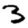
Digit: 3